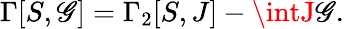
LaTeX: \Gamma[S,\mathscr{G}]=\Gamma_{2}[S,J]-\intJ\mathscr{G}.